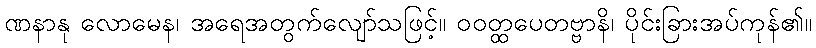
ဏနာနု လောမေန၊ အရေအတွက်လျော်သဖြင့်။ ဝဝတ္ထပေတဗ္ဗာနိ၊ ပိုင်းခြားအပ်ကုန်၏။